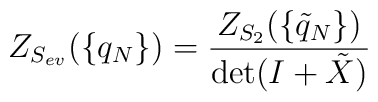
Z_{S_{ev}}(\{q_N\})=\frac{Z_{S_2}(\{\tilde q_N\})}{\det(I+\tilde X)}